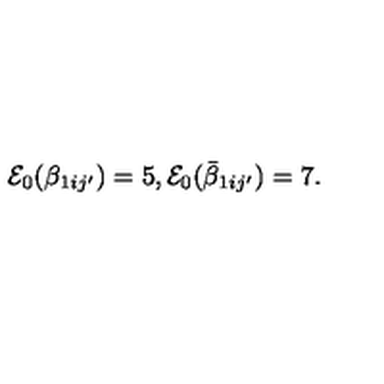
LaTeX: { \cal E } _ { 0 } ( \beta _ { 1 i j ^ { \prime } } ) = 5 , { \cal E } _ { 0 } ( \bar { \beta } _ { 1 i j ^ { \prime } } ) = 7 .